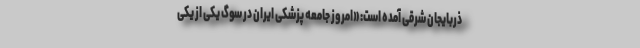
ذربایجان شرقی آمده است: «امروز جامعه پزشکی ایران در سوگ یکی از یکی